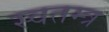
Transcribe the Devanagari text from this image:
स्वतम्त्र